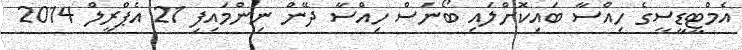
އެމްޓީޑީސީގެ ހިއްސާ ބައިކޮށްލައި ބޯނަސް ހިއްސާ ދޭން ނިންމައިފި 21 އެޕްރީލް 2014